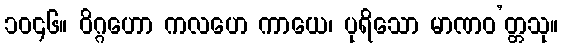
၁၀၄၆။ ဝိဂ္ဂဟော ကလဟေ ကာယေ၊ ပုရိသော မာဏဝ’တ္တသု။